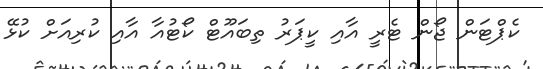
ކެޕްޓަން ޖޯން ޓެރީ އާއި ކީޕަރު ތިބައޫޓް ކޯޓުއާ އާއި ކުރިއަށް ކުޅޭ